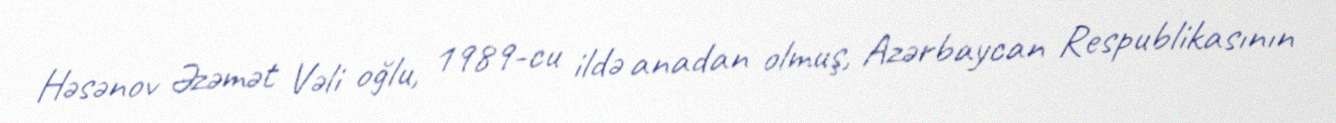
Həsənov Əzəmət Vəli oğlu, 1989-cu ildə anadan olmuş, Azərbaycan Respublikasının